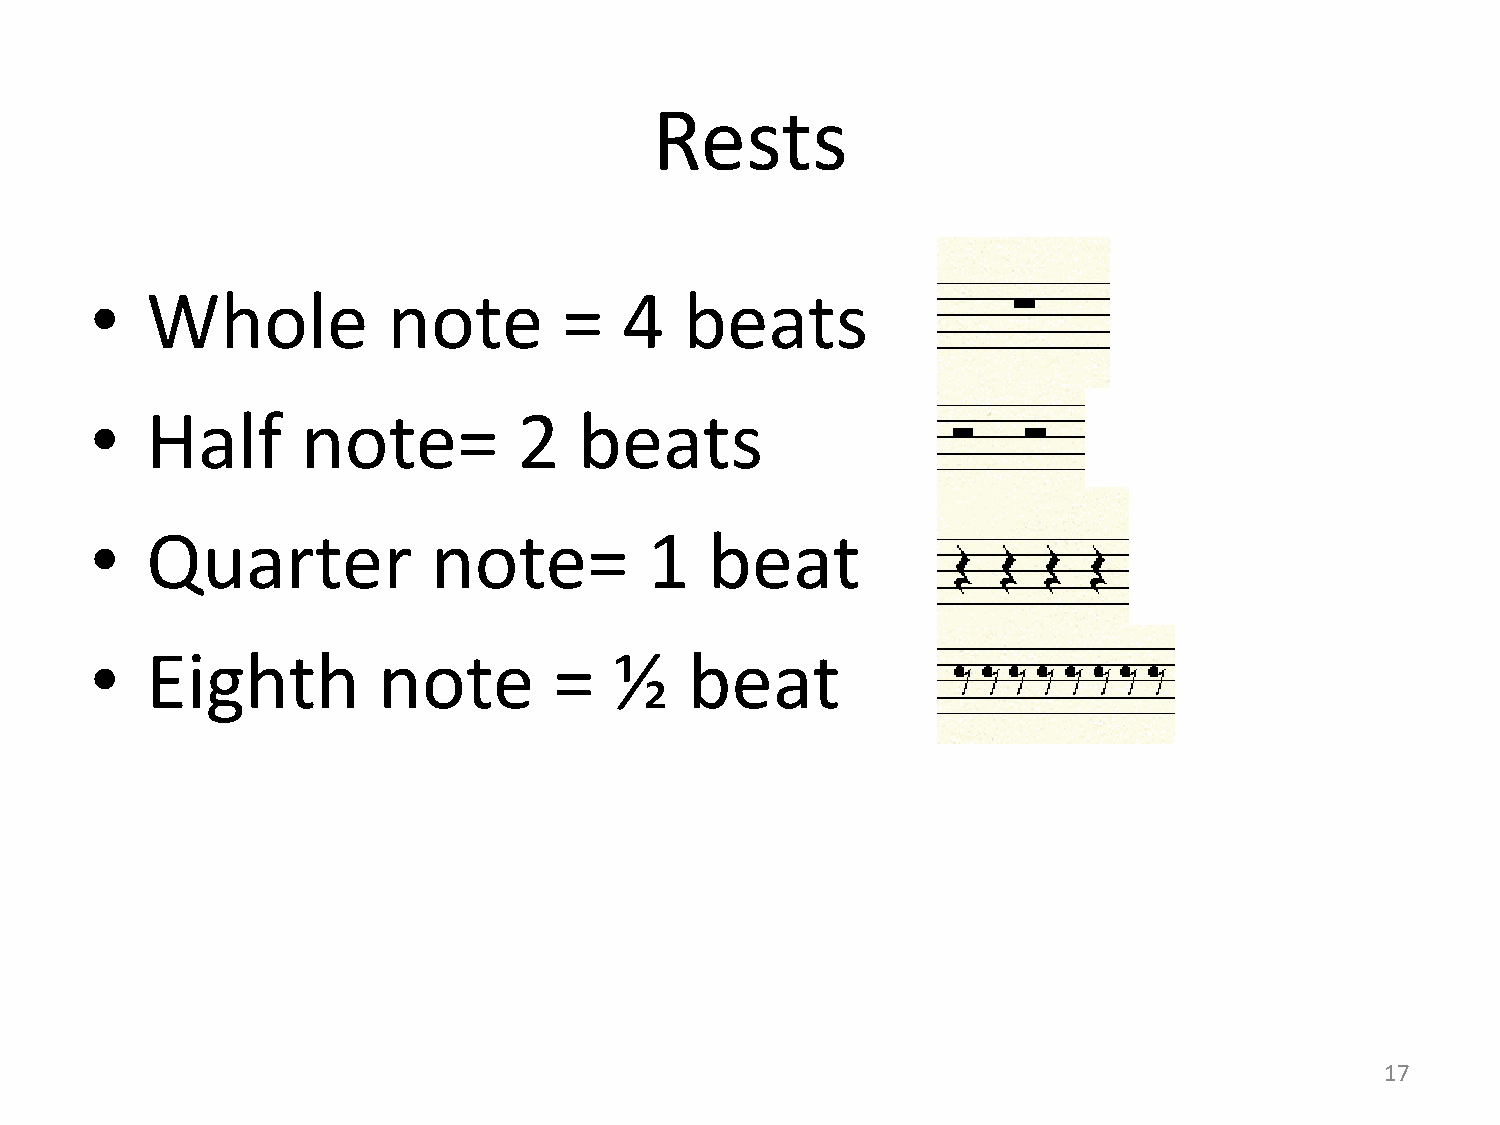
Rests
 •   Whole           note       =   4   beats
 •   Half      note=         2   beats
 •   Quarter            note=         1   beat
 •   Eighth         note        =   ½    beat
 17